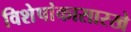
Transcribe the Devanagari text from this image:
विशेषांकासारखे